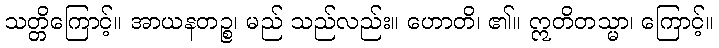
သတ္တိကြောင့်။ အာယနတဉ္စ၊ မည် သည်လည်း။ ဟောတိ၊ ၏။ ဣတိတသ္မာ၊ ကြောင့်။